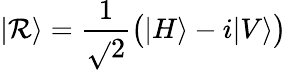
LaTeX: |\mathcal{R}\rangle={\frac{{1}}{{\sqrt{}{{2}}}}}{\big(}|H\rangle-i|V\rangle{\big)}